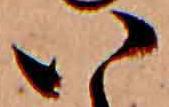
い